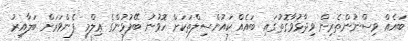
ބައެއް ވިސްނުންތެރިން ވިދާޅުވާގޮތުގައި ބައެއް ކައުންސިލްތަކަށް ހޮވުނު ބޭފުޅުންގެ ޢިލްމީ ފެންވަރަށް ބަލާއިރު